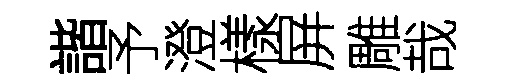
諧予澄樣屏雕哉